TRU_Ajalooring, lk 46
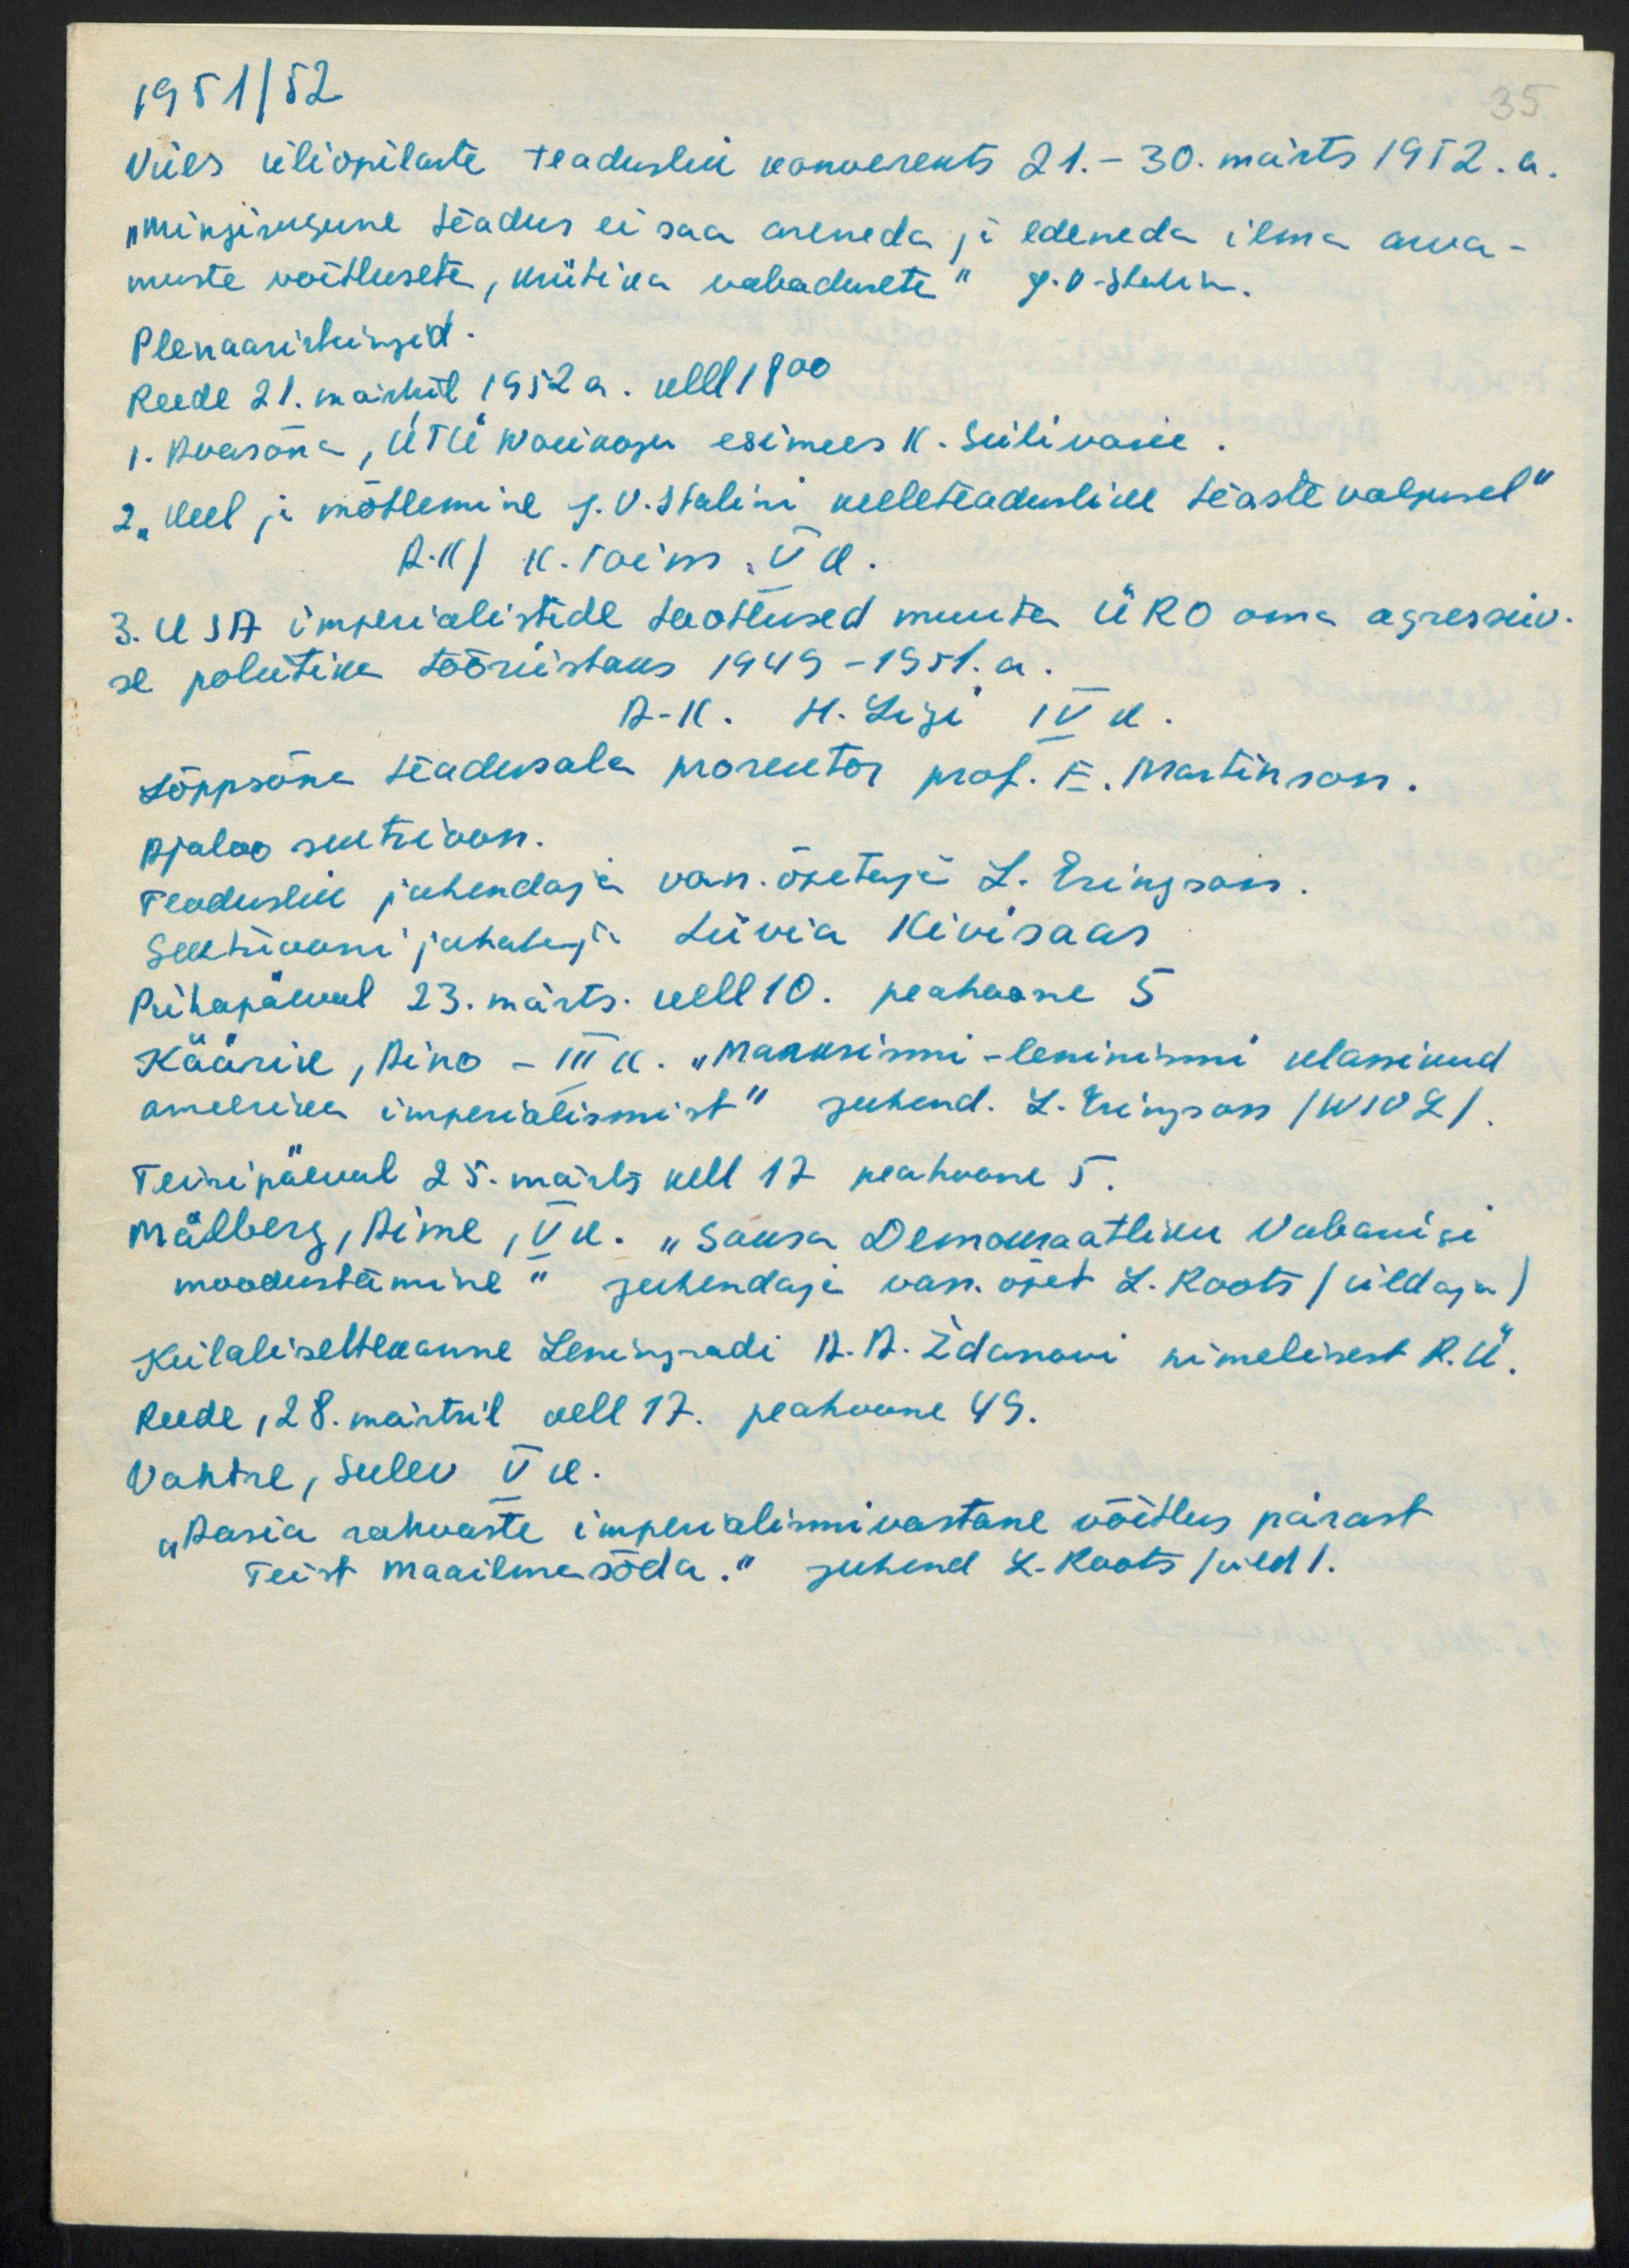
1951/52
35
Viies üliõpilaste teaduslik konverents 21. - 30. märts 1912. a.
"mingisugune teadus ei saa areneda ja edeneda ilma arva-
muste võitluseta, kriitika vabaduseta" J. V. Stalin.
Plenaaristungid.
Reede 21. märtsil 1952 a. kell 1800
1. Avasõna, ÜTÜ wolikogu esimees K. Siilivask
2. Keel ja mõtlemine J.V.Stalini keeleteadusline teaste valgusel"
A-II) K. Toem, V k.
3. USA imperialistide taotlused muuta ÜRO oma agressiiv-
se poliitika tööriistaks 1949-1951.a.
A-II. H. Ligi IV k.
Lõppsõna teadusala prorektor prof. E. Martinson.
ajaloo sektsioon.
Teaduslik juhendaja van. õpetaja L. Eringson.
Sektiooni juhataja Liivia Kivisaar
Pühapäeval 23. märts. kell 10. peahoone 5
Käärik, Aino - III k. "Marksismi-leninismi klassikud
ameerika imperialismist" Juhend. L. Eringson /W102/.
Teisipäeval 25. märts kell 17 peahoone 5.
Mälberg, Aime, IV a. „Saksa demokraatliku Vabariigi
moodustamine" juhendaja van. õpet L. Roots (üldaja)
Külalisettekanne Leningradi A.A. Ždanovi nimelisest R.Ü.
Reede, 28. märtsil kell 17. peahoone 49.
Vahtre, sulev V k.
"Aasia rahvaste imperialismivastane võitlus pärast
Teist maailmasõda." juhend L. Roots (üld).